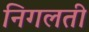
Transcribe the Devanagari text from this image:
निगलती